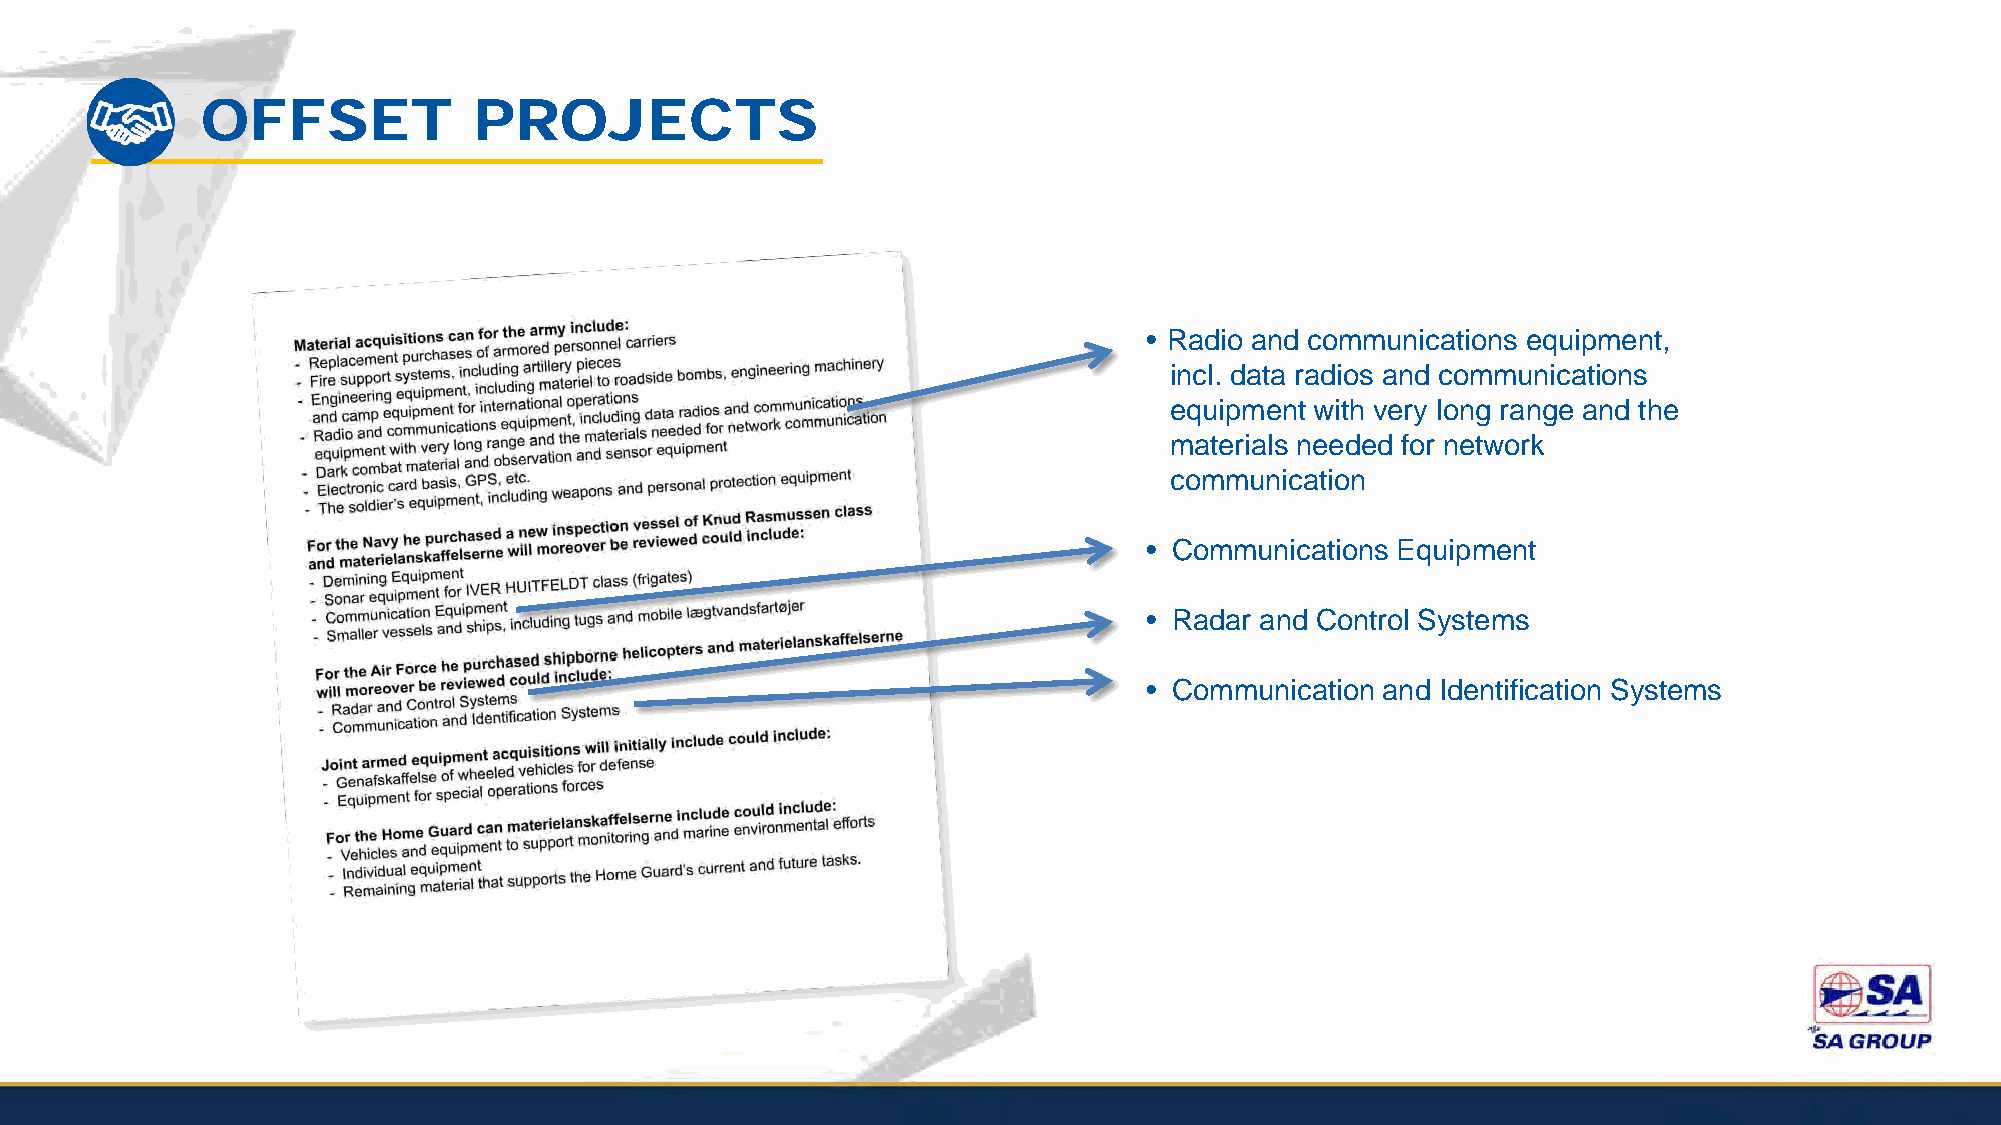
OFFSET            PROJECTS
 • Radio and communications equipment,
 incl. data radios and communications
 equipment with very long range and the
 materials needed for network
 communication
 • Communications Equipment
 • Radar and Control Systems
 • Communication and Identification Systems